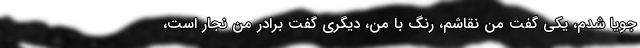
جویا شدم، یکی گفت من نقاشم، رنگ با من، دیگری گفت برادر من نجار است،